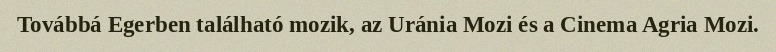
Továbbá Egerben található mozik, az Uránia Mozi és a Cinema Agria Mozi.